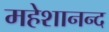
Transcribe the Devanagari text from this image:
महेशानन्द